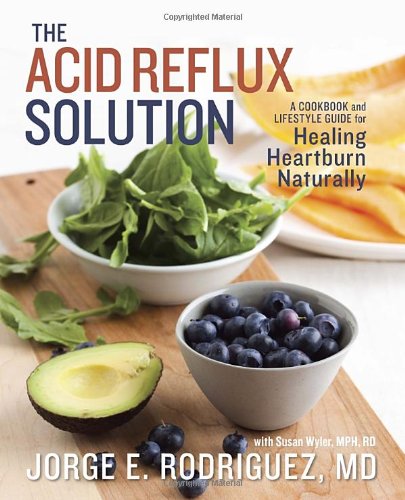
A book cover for The Acid Reflux Solution: A Cookbook and Lifestyle Guide for Healing Heartburn Naturally; Jorge E. Rodriguez; Health, Fitness & Dieting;